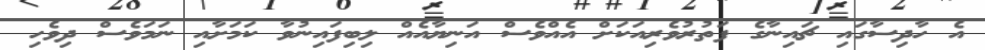
އެ ހާދިސާގައި ޗައިނާގެ ފަތުރުވެރިއަކަށް އެއްވެސް އަނިޔާއެއް ލިބިފައިނުވާ ކަމަށާއި ނަމަވެސް ދިވެހި